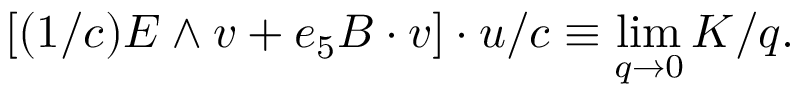
\left[ ( 1 / c ) E \wedge v + e _ { 5 } B \cdot v \right] \cdot u / c \equiv \operatorname * { l i m } _ { q \rightarrow 0 } K / q .